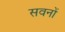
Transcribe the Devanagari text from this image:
सवनों